Vaccination in Bombay 1889-1901 - 1889-1901
Year: 1889
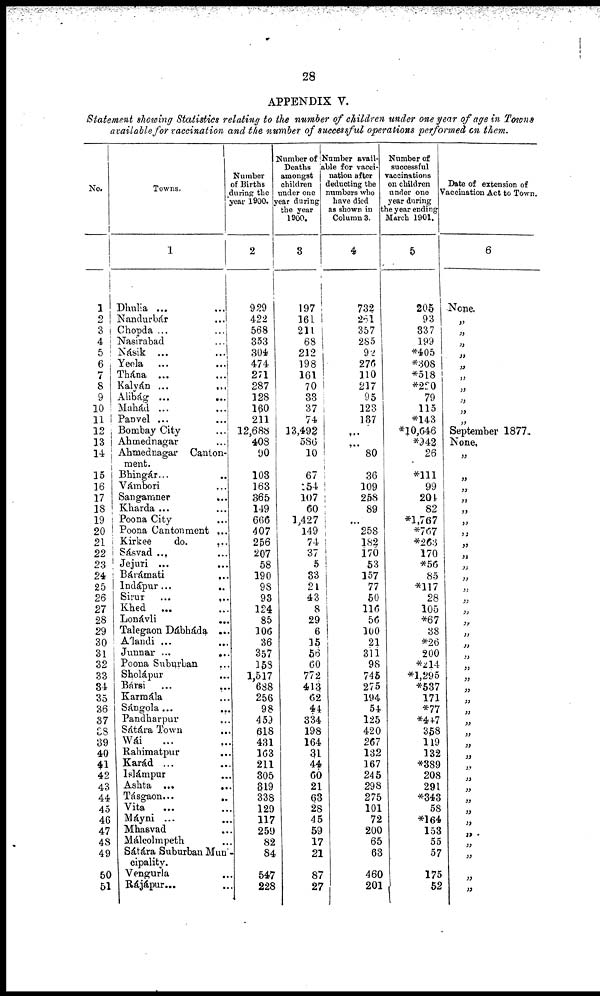
28
APPENDIX V.
Statement showing Statistics relating to the number of children under one year of age in Towns
available for vaccination and the number of successful operations performed on them.
No.
1
2
3
4
5
6
7
8
9
10
11
12
13
14
15
16
17
18
19
20
21
22
23
24
25
26
27
28
29
30
31
32
33
34
35
36
37
38
39
40
41
42
43
44
45
46
47
48
49
50
51
Towns.
1
Dhulia ... ...
Nandurbár ...
Chopda
...
...
Nasirabad
...
Násik
...
...
Yeola ... ...
Thána ... ...
Kalyán
...
...
Alibág
...
...
Mahád ... ...
Panvel ... ...
Bombay City ...
Ahmednagar ...
Ahmednagar Canton-
ment.
Bhingár... ...
Vámbori
...
Sangamner
...
Kharda ... ...
Poona City ...
Poona Cantonment ...
Kirkee
do.
...
Sásvad ... ...
Jejuri ...
Bárámati
...
Indápur...
..
Sirur
...
...
Khed
... ...
Lonávli
...
Talegaon Dábháda ...
A'landi ...
...
Junnar ...
...
Poona Suburban
...
Sholápur ...
Bársi ... ...
Karmála ...
Sángola ... ...
Pandharpur
...
Sátára Town
...
Wái ... ...
Rahimatpur
...
Karád ... ...
lslámpur ...
Ashta ...
...
Tásgaon...
..
Vita ... ...
Máyni ... ...
Mhasvad ...
Málcolmpeth ...
Sátára Suburban Mun-
cipality.
Vengurla ...
Rájápur... ...
Number
of Births
during the
year 1900.
2
929
422
568
353
304
474
271
287
128
160
211
12,688
408
90
103
163
365
149
666
407
256
207
58
190
98
93
124
85
106
36
357
158
1,517
688
256
98
459
618
431
163
211
305
319
338
129
117
259
82
84
547
228
Number of
Deaths
amongst
children
under one
year during
the year
1900.
3
197
161
211
68
212
198
161
70
33
37
74
13,492
586
10
67
154
107
60
1,427
149
74
37
5
33
21
43
8
29
6
15
56
60
772
413
62
44
334
198
164
31
44
60
21
63
28
45
59
17
21
87
27
Number avail-
able for vacci-
nation after
deducting the
numbers who
have died
as shown in
Column 3.
4
732
261
357
285
92
276
110
217
95
123
137
...
...
80
36
109
258
89
...
258
182
170
53
157
77
50
116
56
100
21
311
98
745
275
194
54
125
420
267
132
167
245
298
275
101
72
200
65
63
460
201
Number of
successful
vaccinations
on children
under one
year during
the year ending
March 1901.
5
205
93
337
199
*405
*308
*518
*220
79
115
*143
*10,646
*942
26
*111
99
201
82
*1,767
*767
*263
170
*56
85
*117
28
105
*67
38
*26
200
*214
*1,295
*537
171
*77
*447
358
119
132
*389
208
291
*343
58
*164
153
55
57
175
52
Date of extension of
Vaccination Act to Town.
6
None.
„
„
„
„
„
„
„
„
„
„
September 1877.
None.
„
„
„
„
„
„
„
„
„
„
„
„
„
„
„
„
„
„
„
„
„
„
„
„
„
„
„
„
„
„
„
„
„
„
„
„
„
„